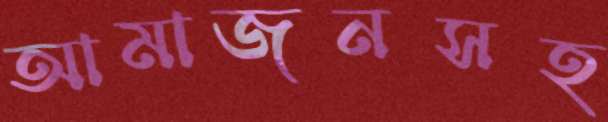
আমাজনসহ